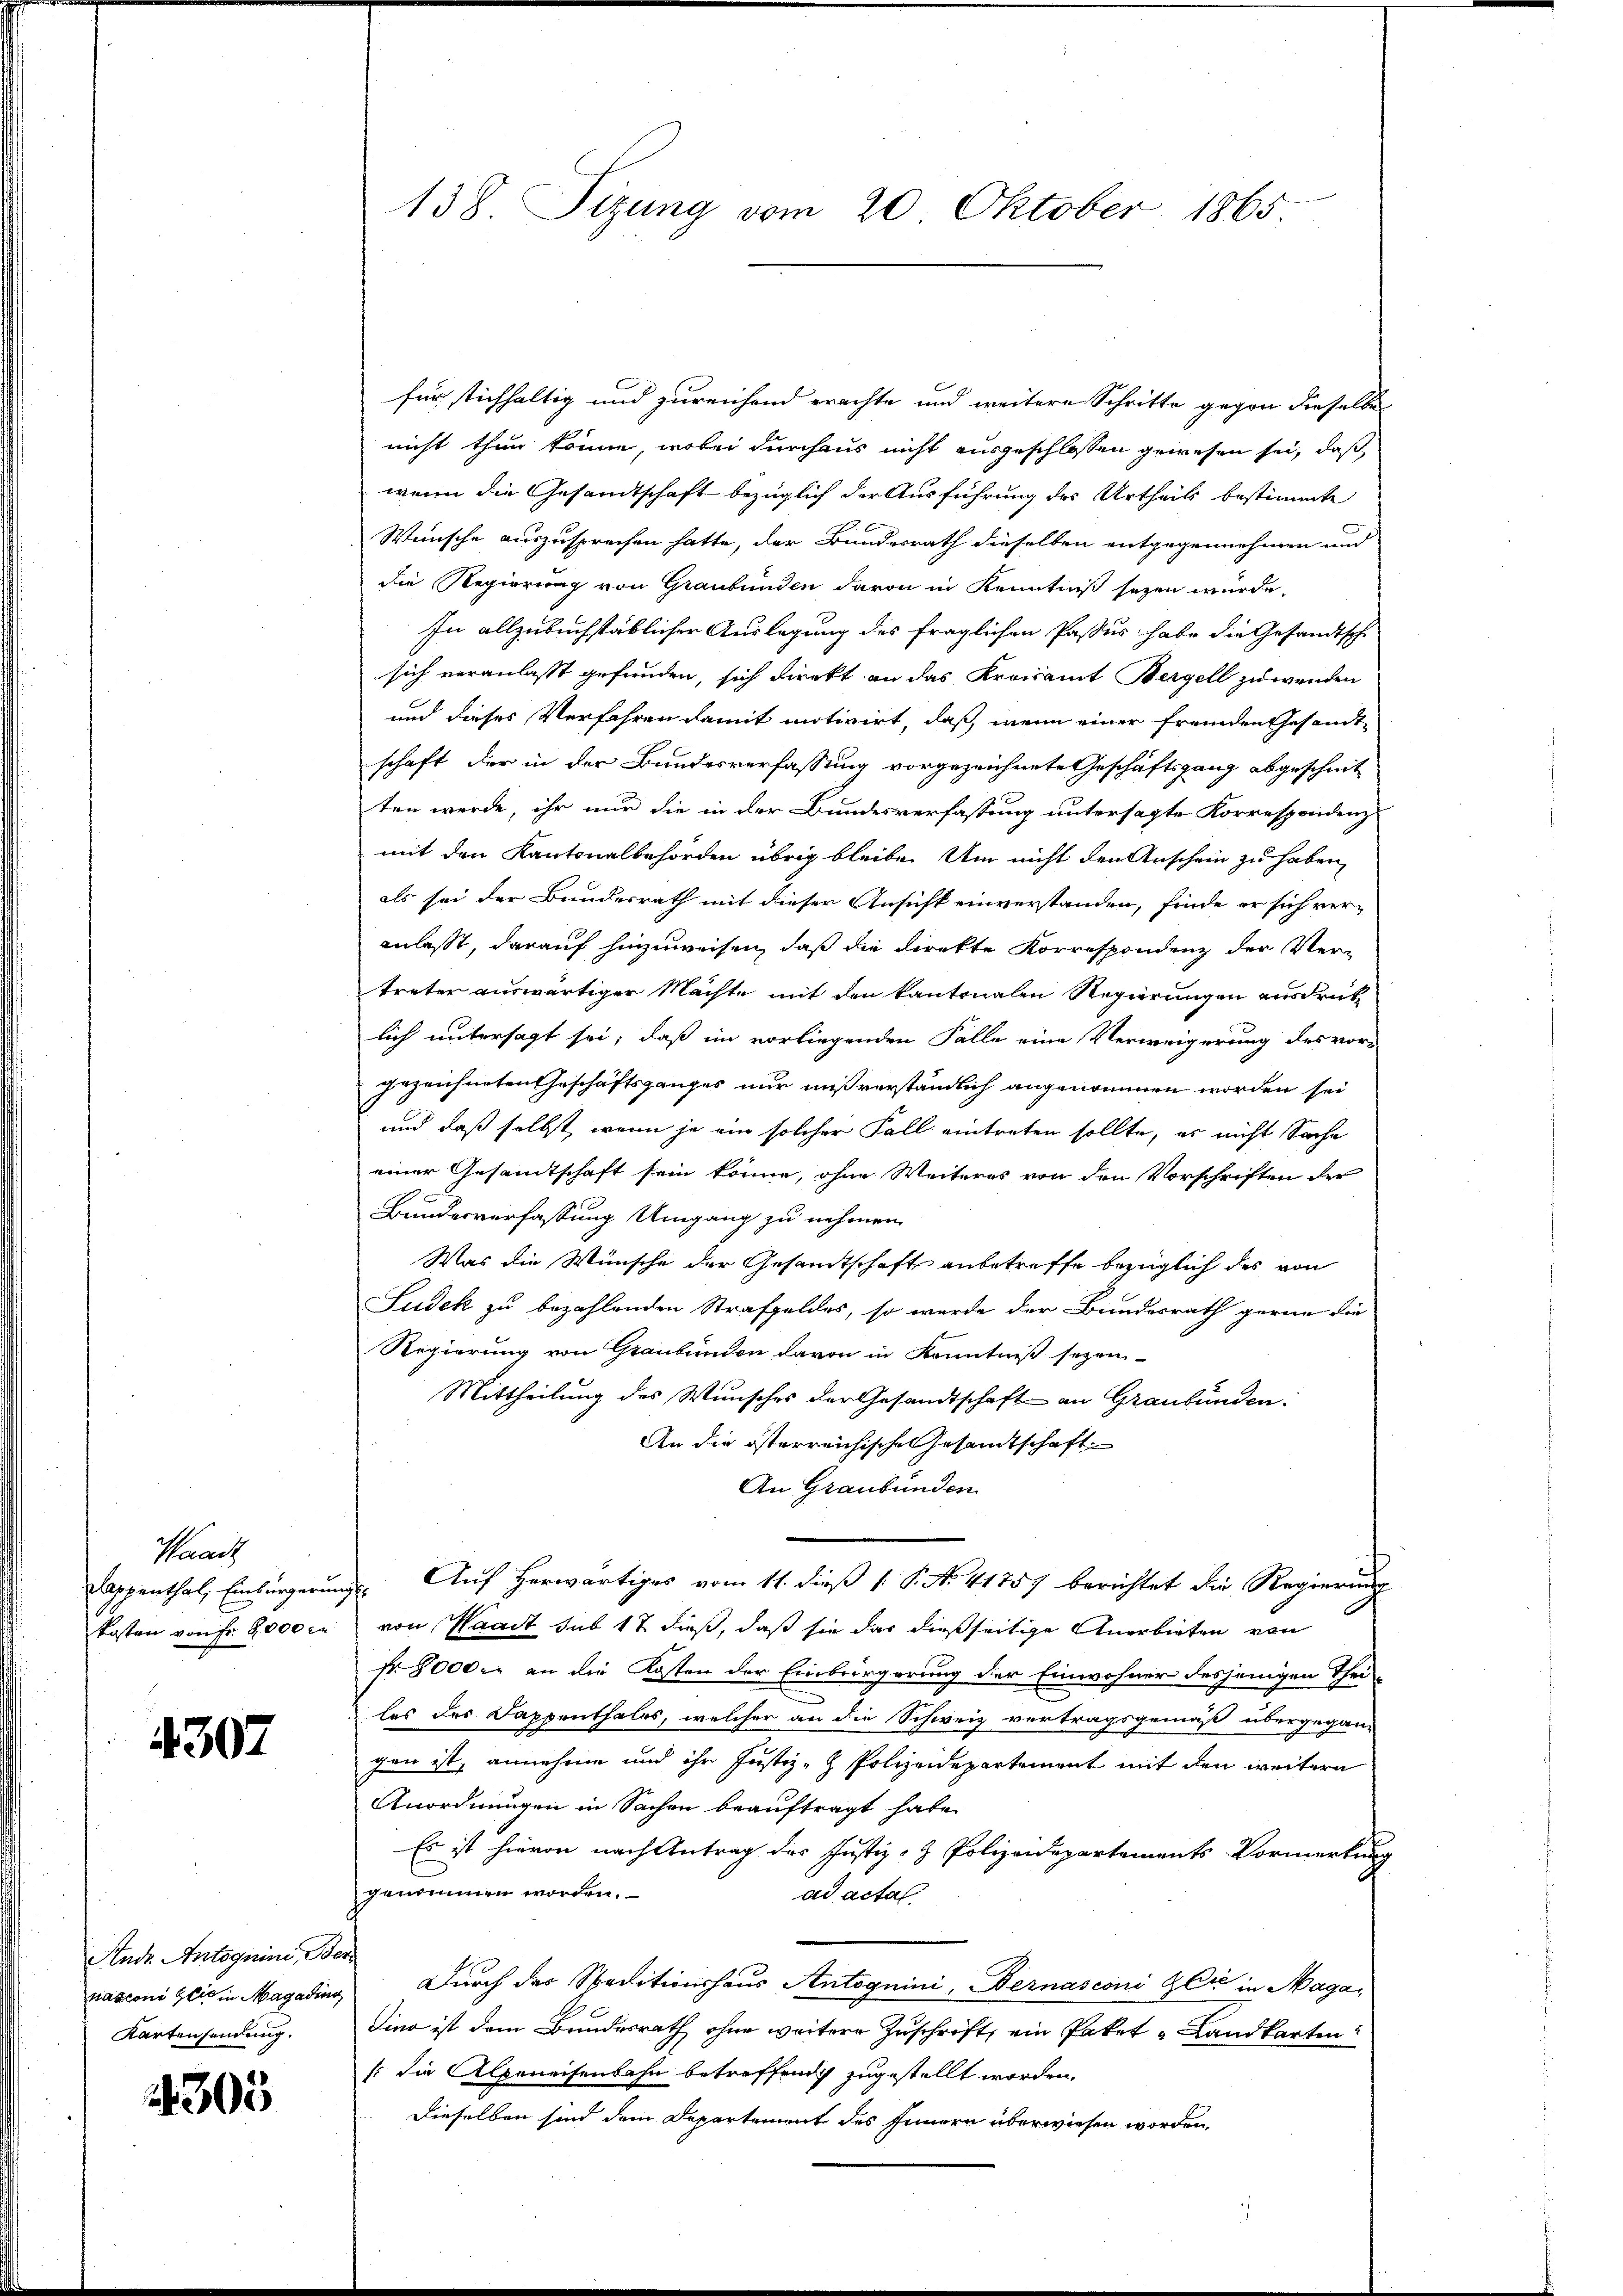
Waadt
Kappenthal, Einbürgerin
kosten von Fr. 8000 M.

4307

Andr. Antoquini, Ber
nasconi gli in Magading
Kartensendung.

305

138. Sizung vom 20. Oktober 1865.

für stichhaltig und zureichend erachte und weitere Schritte gegen dieselbe
nicht thun könne, wobei durchaus nicht ausgeschlossen gewesen sei, daß
wenn die Gesandtschaft bezüglich der Ausführung des Urtheils bestimmte
Wünsche auszusprechen hatte, der Bundesrath dieselben entgegennehmen und
die Regierung von Graubünden davon in Kenntniß seyen wurde,
In allzubuchstäblicher Auslegung des fraglichen Passus habe die Gesandtsche
sich veranlaßt gefunden, sich direkt an das Kreisamt Bergell zuwenden
und dieses Verfahren damit motivirt, daß, wenn einer fremden Gesandtschaft der in der Bundesverfassung vorgezeichnete Geschäftsgang abgeschnit
ten werde, ihr nur die in der Bundesverfassung untersagte Korrespondenz
mit den Kantonalbehörden übrig bleibe. Um nicht den Anschein zu haben,
als sei der Bundesrath mit dieser Ansicht einverstanden, finde er sich veranlasst, darauf hinzuweisen, daß die Direkte Korrespondenz der Vertreten auswärtiger Machte mit den kantonalen Regierungen ausdrük
lich untersagt sei, daß im vorliegenden Falle eine Verweigerung des vor-
gezeichneten Geschäftsganges nur mißverständlich angenommen worden sei
und daß selbst, wenn je ein solcher Fall eintreten sollte, es nicht Sache
einer Gesamtschaft sein könne, ohne Weiteres von den Vorschriften der
Bundesverfassung Umgang zu nehmen.
Was die Wünsche der Gesamtschaft anbetreffe bezüglich des von
Sudek zu bezahlenden Strafgeldes, so wurde der Bundesrath gerne die
Regierung von Graubünden davon in Kenntniß sezen-
Mittheilung des Wunsches der Gesandtschaft an Graubünden:
An die österreichische Gesamtschaft
An Graubünden.
Auf herwärtiges vom 11. dieß P. N. 41757 berichtet die Regierung
b
von Waadt sub 17 dieß, daß sie das dießseitige Anerbieten von
fr. 8000. an die Kosten der Einbringerung der Einwohner desjenigen Theiles des Dappenthales, welcher an die Schweiz vertragsgemäß, übergegan-
gen ist, annehme und ihr Justiz- & Polizeidepartement mit den weitern
Anordnungen in Sachen beauftragt habe.
Es ist hievon nach Antrag des Justiz- & Polizeidepartements-Vormerkung
genommen worden.
ad actal
Durch das Speditionshaus Antoguini, Bernasconi Gli in Maga¬
Sina ist dem Brindesrath ohne weitere Zuschrift, ein Paket & Landkarten:
(die Alpeneisenbahn betreffend zugestellt worden.
Dieselben sind dem Departement des Innern überwiesen worden.